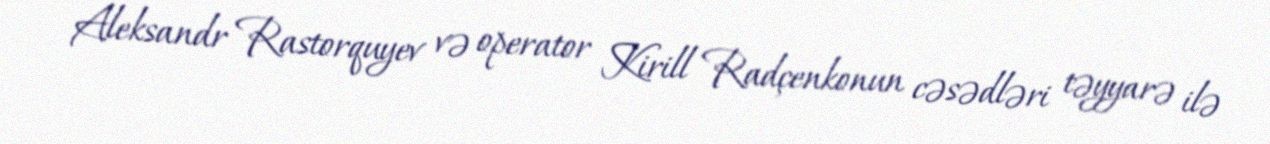
Aleksandr Rastorquyev və operator Kirill Radçenkonun cəsədləri təyyarə ilə